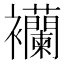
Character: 襽